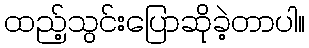
ထည့်သွင်းပြောဆိုခဲ့တာပါ။